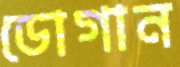
ডোগান